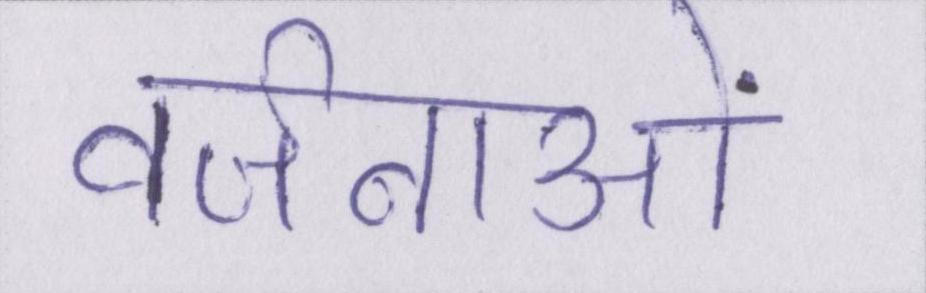
वर्जनाओं